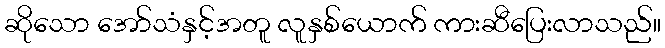
ဆိုသော အော်သံနှင့်အတူ လူနှစ်ယောက် ကားဆီပြေးလာသည်။